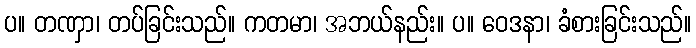
ပ။ တဏှာ၊ တပ်ခြင်းသည်။ ကတမာ၊ အဘယ်နည်း။ ပ။ ဝေဒနာ၊ ခံစားခြင်းသည်။